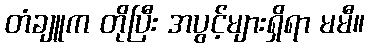
တံချူက တိုပြီး အပွင့်များရှိရာ မမီ။